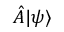
{ \hat { A } } | \psi \rangle